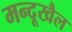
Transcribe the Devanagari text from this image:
मन्दूखैल